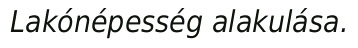
Lakónépesség alakulása.